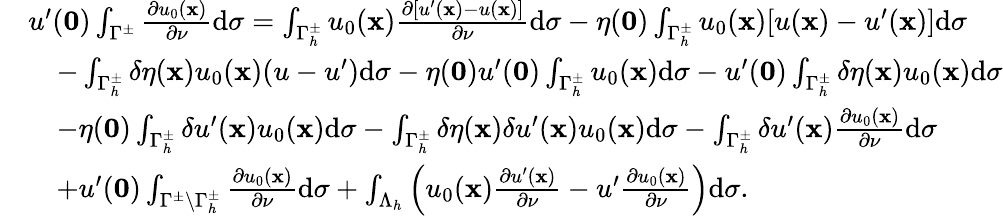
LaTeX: \begin{array}{rl}&{u^{\prime}(\mathbf 0)\int_{{\Gamma^{\pm}}}{{\frac{\partial{u_{0}}(\mathbf x)}{\partial\nu}}}\mathrm d\sigma=\int_{{\Gamma_{h}^{\pm}}}{{u_{0}(\mathbf x)}{\frac{\partial[u^{\prime}(\mathbf x)-u(\mathbf x)]}{\partial\nu}}}\mathrm d\sigma-\eta(\mathbf 0)\int_{{\Gamma_{h}^{\pm}}}{{u_{0}(\mathbf x)}[u(\mathbf x)-u^{\prime}(\mathbf x)]}\mathrm d\sigma}\\ &{\quad-\int_{{\Gamma_{h}^{\pm}}}\delta\eta(\mathbf x){{u_{0}(\mathbf x)}(u-u^{\prime})}\mathrm d\sigma-\eta(\mathbf 0)u^{\prime}(\mathbf 0)\int_{{\Gamma_{h}^{\pm}}}{{u_{0}}(\mathbf x)}\mathrm d\sigma-u^{\prime}(\mathbf 0)\int_{{\Gamma_{h}^{\pm}}}\delta\eta(\mathbf x){{u_{0}}(\mathbf x)}\mathrm d\sigma}\\ &{\quad-\eta(\mathbf 0)\int_{{\Gamma_{h}^{\pm}}}\delta{u^{\prime}}(\mathbf x){u_{0}}(\mathbf x)\mathrm d\sigma-\int_{{\Gamma_{h}^{\pm}}}\delta\eta(\mathbf x)\delta{u^{\prime}}(\mathbf x){u_{0}}(\mathbf x)\mathrm d\sigma-\int_{{\Gamma_{h}^{\pm}}}\delta{u^{\prime}(\mathbf x){\frac{\partial{u_{0}}(\mathbf x)}{\partial\nu}}}\mathrm d\sigma}\\ &{\quad+u^{\prime}(\mathbf 0)\int_{{\Gamma^{\pm}\setminus\Gamma_{h}^{\pm}}}{{\frac{\partial{u_{0}}(\mathbf x)}{\partial\nu}}}\mathrm d\sigma+\int_{\Lambda_{h}}\left({{u_{0}(\mathbf x)}{\frac{\partial u^{\prime}(\mathbf x)}{\partial\nu}}-u^{\prime}}{\frac{\partial{u_{0}}(\mathbf x)}{\partial\nu}}\right)\mathrm d\sigma.}\end{array}